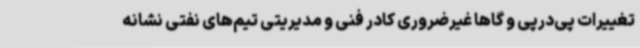
تغییرات پی‌درپی و گاها غیرضروری کادر فنی و مدیریتی تیم‌های نفتی نشانه